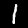
Digit: 1